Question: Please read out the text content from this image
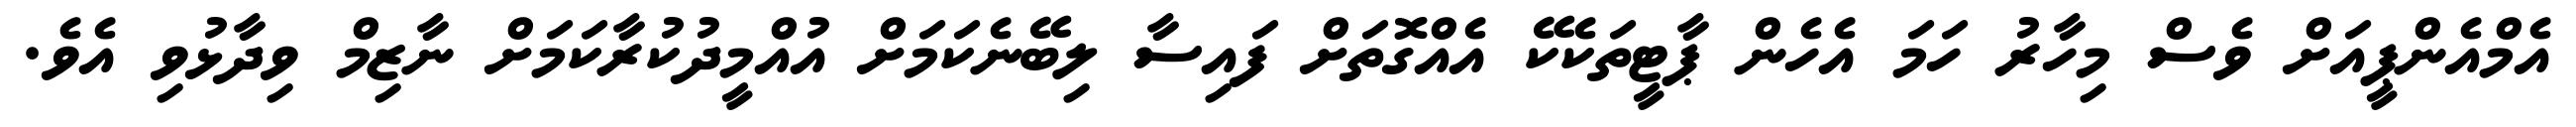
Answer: އެމްއެންޕީއަށް ވެސް މިހާރު ހަމަ އެހެން ޕާޓީތަކެކޭ އެއްގޮތަށް ފައިސާ ލިބޭނެކަމަށް އުއްމީދުކުރާކަމަށް ނާޒިމް ވިދާޅުވި އެވެ.